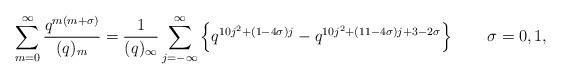
LaTeX: \begin{align*}\sum_{m=0}^{\infty} \frac{q^{m(m+\sigma)}}{(q)_m} =\frac{1}{(q)_{\infty}}\sum_{j=-\infty}^{\infty} \left\{q^{10j^2+(1-4\sigma)j}-q^{10j^2+(11-4\sigma)j+3-2\sigma} \right\} \qquad \sigma=0,1,\end{align*}